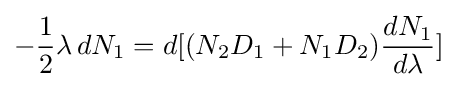
-{\frac {1}{2}}\lambda \,dN_{1}=d[(N_{2}D_{1}+N_{1}D_{2}){\frac {dN_{1}}{d\lambda }}]